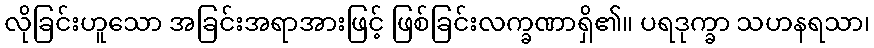
လိုခြင်းဟူသော အခြင်းအရာအားဖြင့် ဖြစ်ခြင်းလက္ခဏာရှိ၏။ ပရဒုက္ခာ သဟနရသာ၊